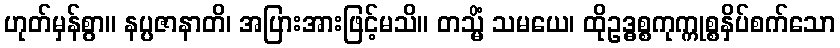
ဟုတ်မှန်စွာ။ နပ္ပဇာနာတိ၊ အပြားအားဖြင့်မသိ။ တသ္မိံ သမယေ၊ ထိုဥဒ္ဓစ္စကုက္ကုစ္စနှိပ်စက်သော